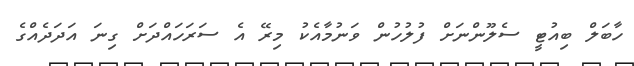
ހާބަލް ބިއުޓީ ސެލޫންނަށް ފުލުހުން ވަނުމާއެކު މިރޭ އެ ސަރަހައްދަށް ގިނަ އަދަދެއްގެ